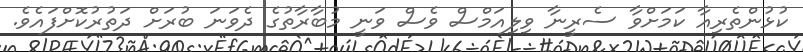
ކުޅުންތެރިއާ ކަމަށްވާ ސެރީނާ ވިލިއަމްސް ވެސް ވަނީ މުބާރާތުގެ ދެވަނަ ބުރަށް ދަތުރުކޮށްފައެވެ.